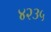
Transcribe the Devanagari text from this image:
४२३५